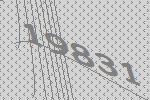
19831